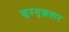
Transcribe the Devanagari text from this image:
ख़ुदमुख़तार